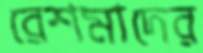
রেশমাদের